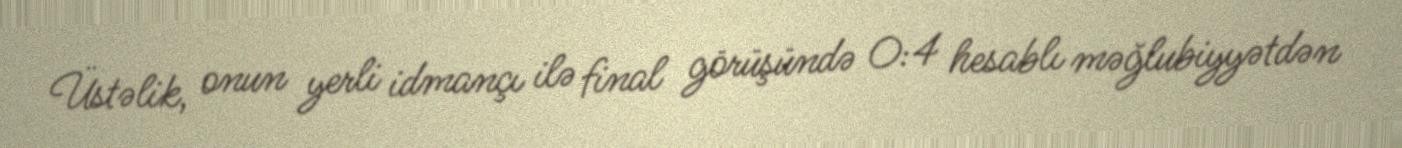
Üstəlik, onun yerli idmançı ilə final görüşündə 0:4 hesablı məğlubiyyətdən